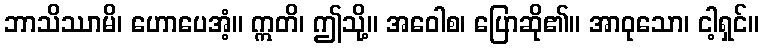
ဘာသိဿာမိ၊ ဟောပေအံ့။ ဣတိ၊ ဤသို့။ အဝေါစ၊ ပြောဆို၏။ အာဝုသော၊ ငါ့ရှင်။